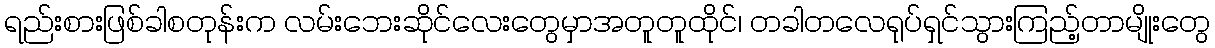
ရည်းစားဖြစ်ခါစတုန်းက လမ်းဘေးဆိုင်လေးတွေမှာအတူတူထိုင်၊ တခါတလေရုပ်ရှင်သွားကြည့်တာမျိုးတွေ